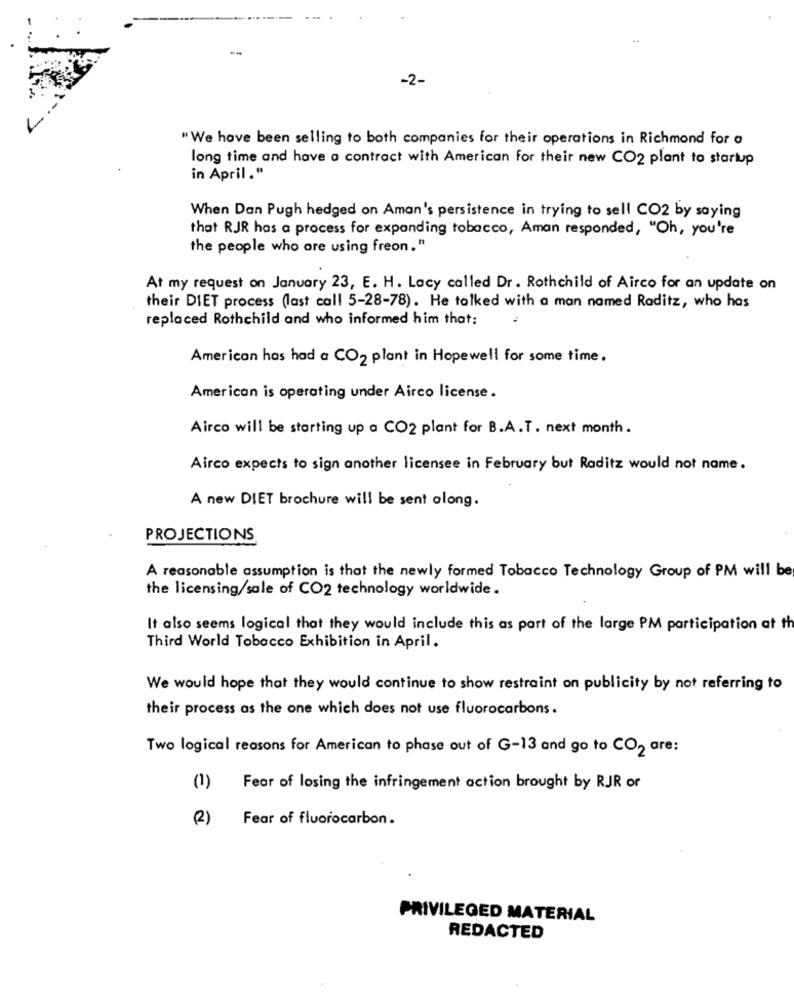
-2-
"We have been selling to both companies for their operations in Richmond for a
long time and have a contract with American for their new CO2 plant to startup
in April."
When Dan Pugh hedged on Aman's persistence in trying to sell CO2 by saying
that RJR has a process for expanding tobacco, Aman responded, "Oh, you're
the people who are using freon. "
At my request on January 23, E. H. Lacy called Dr . Rothchild of Airco for an update on
their DIET process (last call 5-28-78). He talked with a man named Raditz, who has
replaced Rothchild and who informed him that:
American has had a CO2 plant in Hopewell for some time.
American is operating under Airco license .
Airco will be starting up a CO2 plant for B.A.T. next month.
Airco expects to sign another licensee in February but Raditz would not name.
A new DIET brochure will be sent along.
PROJECTIONS
A reasonable assumption is that the newly formed Tobacco Technology Group of PM will be
the licensing/sale of CO2 technology worldwide .
It also seems logical that they would include this as part of the large PM participation at th
Third World Tobacco Exhibition in April.
We would hope that they would continue to show restraint on publicity by not referring to
their process as the one which does not use fluorocarbons.
Two logical reasons for American to phase out of G-13 and go to CO2 are:
(1)
Fear of losing the infringement action brought by RJR or
(2)
Fear of fluorocarbon.
PRIVILEGED MATERIAL
REDACTED